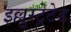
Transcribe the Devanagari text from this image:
इल्लुस्ट्रेटेड